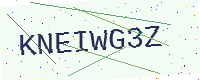
Text: KNEIWG3Z